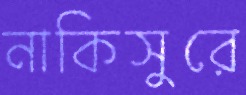
নাকিসুরে